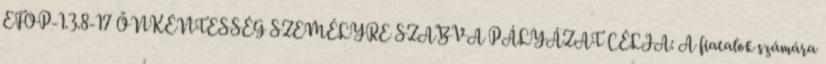
EFOP-1.3.8-17 ÖNKÉNTESSÉG SZEMÉLYRE SZABVA PÁLYÁZAT CÉLJA: A fiatalok számára